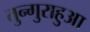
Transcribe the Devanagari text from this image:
तुन्गुराहुआ